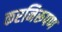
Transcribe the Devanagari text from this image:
करनिरूपण